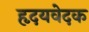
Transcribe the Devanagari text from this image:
हृदयवेदक